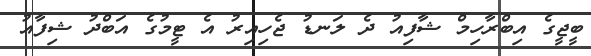
ބީޖީގެ އިބްރާހިމް ޝާފިއު ދެ ލަނޑު ޖެހިއިރު އެ ޓީމުގެ އަބްދު ޝިފާއު